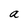
Character: a